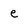
Character: e